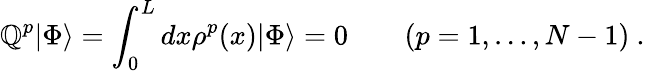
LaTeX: \mathbb{Q}^{p}|\Phi\rangle=\int_{0}^{L}dx\rho^{p}(x)|\Phi\rangle=0\quad\quad(p=1,\ldots,N-1)\ .